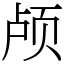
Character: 颅